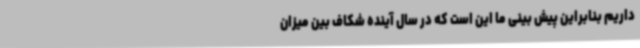
داریم بنابراین پیش بینی ما این است که در سال آینده شکاف بین میزان